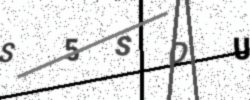
Text: S5SDU